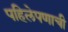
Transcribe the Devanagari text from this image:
पहिलेपणाची